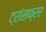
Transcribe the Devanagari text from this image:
ट्रांसफ्रर